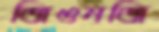
জিওনজি